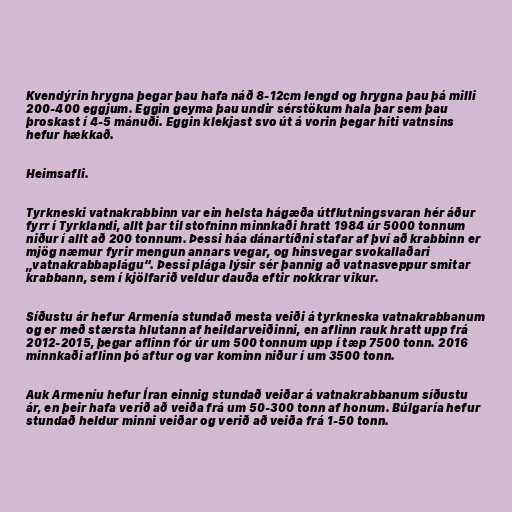
Kvendýrin hrygna þegar þau hafa náð 8-12cm lengd og hrygna þau þá milli
200-400 eggjum. Eggin geyma þau undir sérstökum hala þar sem þau
þroskast í 4-5 mánuði. Eggin klekjast svo út á vorin þegar hiti vatnsins
hefur hækkað.

Heimsafli.

Tyrkneski vatnakrabbinn var ein helsta hágæða útflutningsvaran hér áður
fyrr í Tyrklandi, allt þar til stofninn minnkaði hratt 1984 úr 5000 tonnum
niður í allt að 200 tonnum. Þessi háa dánartíðni stafar af því að krabbinn er
mjög næmur fyrir mengun annars vegar, og hinsvegar svokallaðari
„vatnakrabbaplágu“. Þessi plága lýsir sér þannig að vatnasveppur smitar
krabbann, sem í kjölfarið veldur dauða eftir nokkrar vikur.

Síðustu ár hefur Armenía stundað mesta veiði á tyrkneska vatnakrabbanum
og er með stærsta hlutann af heildarveiðinni, en aflinn rauk hratt upp frá
2012-2015, þegar aflinn fór úr um 500 tonnum upp í tæp 7500 tonn. 2016
minnkaði aflinn þó aftur og var kominn niður í um 3500 tonn.

Auk Armeníu hefur Íran einnig stundað veiðar á vatnakrabbanum síðustu
ár, en þeir hafa verið að veiða frá um 50-300 tonn af honum. Búlgaría hefur
stundað heldur minni veiðar og verið að veiða frá 1-50 tonn.